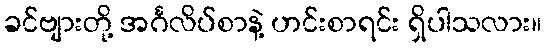
ခင်ဗျားတို့ အင်္ဂလိပ်စာနဲ့ ဟင်းစာရင်း ရှိပါသလား။